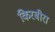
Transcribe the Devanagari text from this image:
किरबीरा